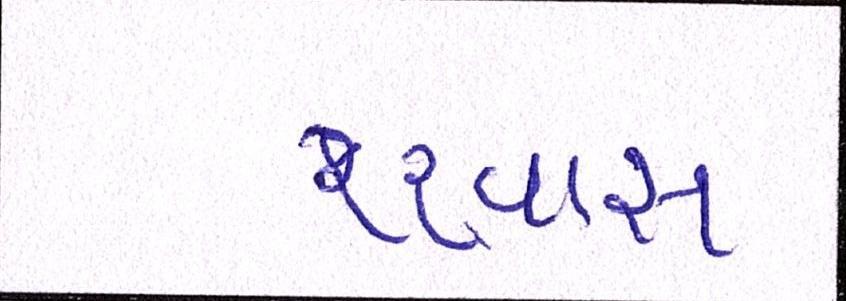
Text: શ્ર્વાસ